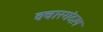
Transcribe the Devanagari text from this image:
क्वारगंदल